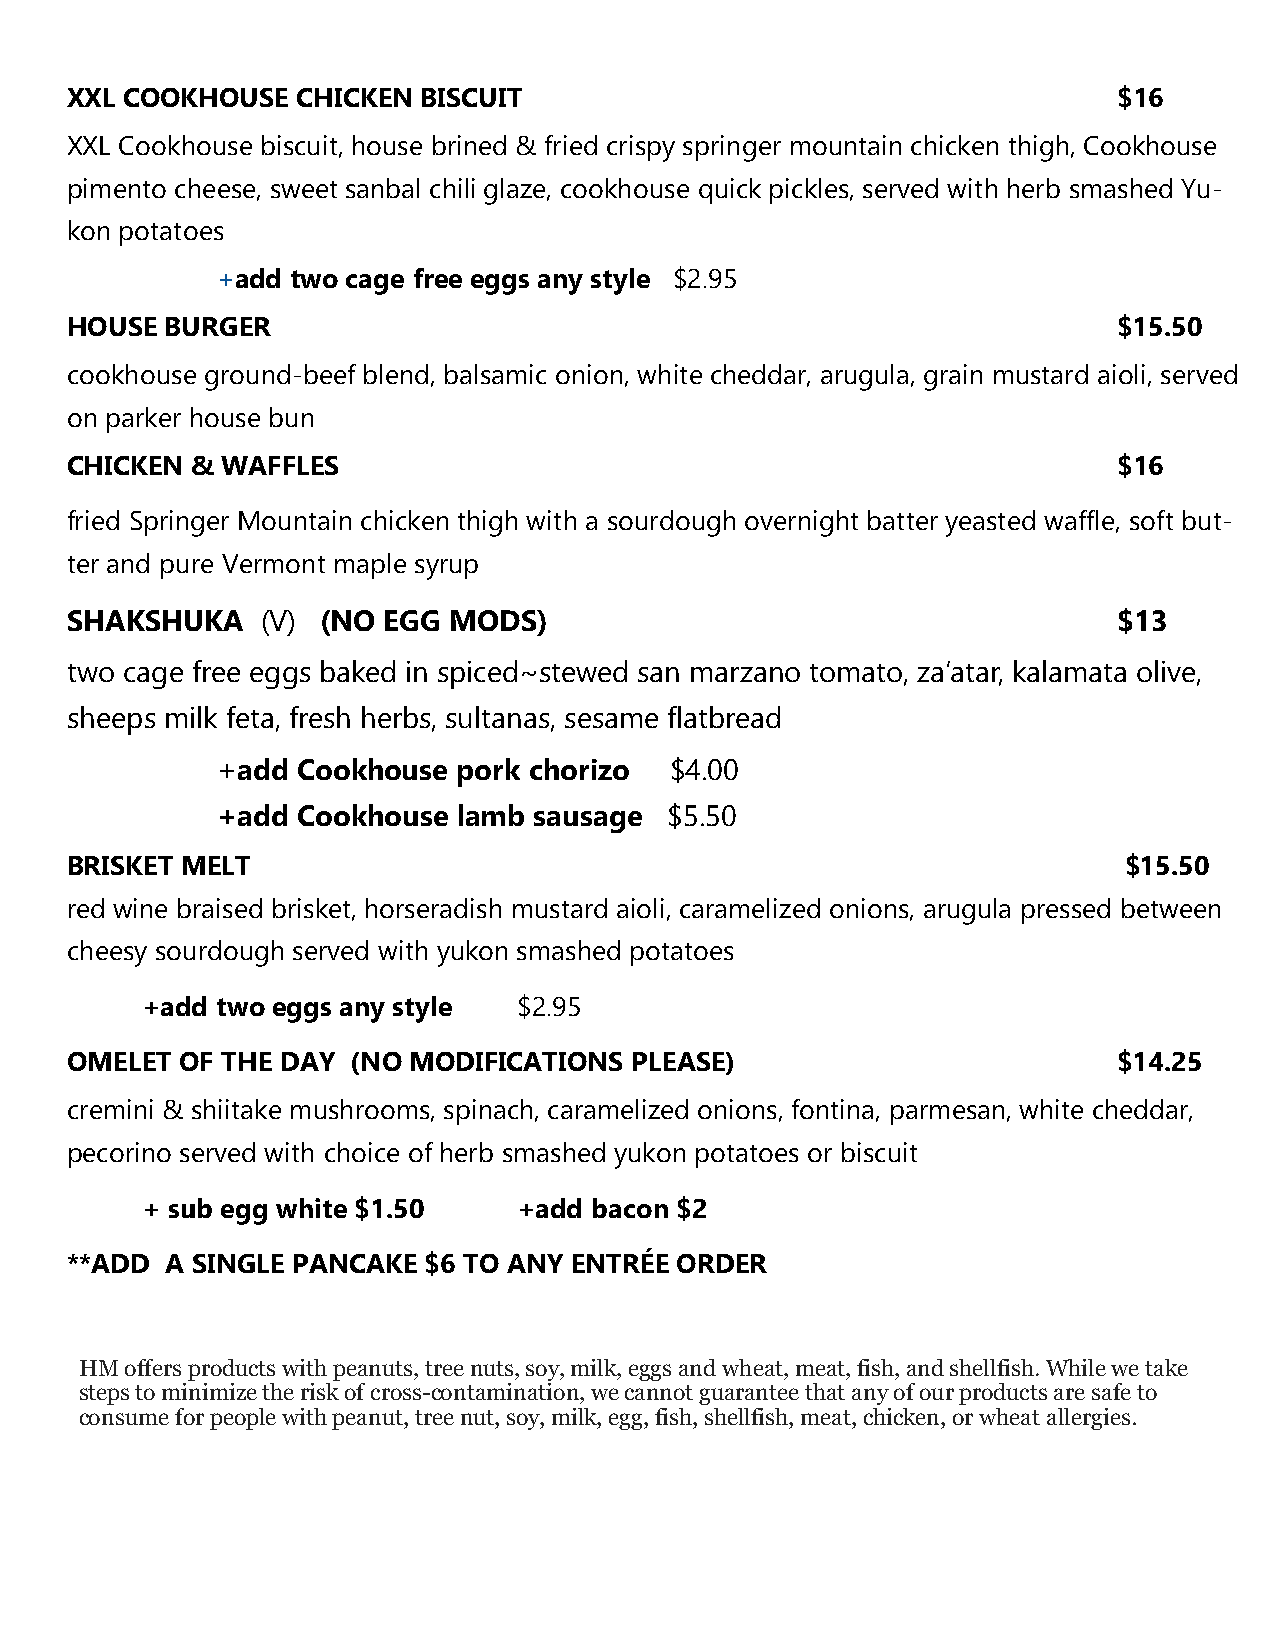
XXL COOKHOUSE   CHICKEN BISCUIT                                       $16
 XXL Cookhouse biscuit, house brined & fried crispy springer mountain chicken thigh, Cookhouse
 pimento cheese, sweet sanbal chili glaze, cookhouse quick pickles, served with herb smashed Yu-
 kon potatoes
 +add two cage free eggs any style $2.95
 HOUSE  BURGER                                                         $15.50
 cookhouse ground-beef blend, balsamic onion, white cheddar, arugula, grain mustard aioli, served
 on parker house bun
 CHICKEN  & WAFFLES                                                    $16
 fried Springer Mountain chicken thigh with a sourdough overnight batter yeasted waffle, soft but-
 ter and pure Vermont maple syrup
 SHAKSHUKA    (V) (NO EGG  MODS)                                       $13
 two cage free eggs baked in spiced~stewed san marzano tomato, za’atar, kalamata olive,
 sheeps milk feta, fresh herbs, sultanas, sesame flatbread
 +add  Cookhouse pork chorizo  $4.00
 +add  Cookhouse lamb sausage  $5.50
 BRISKET MELT                                                          $15.50
 red wine braised brisket, horseradish mustard aioli, caramelized onions, arugula pressed between
 cheesy sourdough served with yukon smashed potatoes
 +add two eggs any style  $2.95
 OMELET  OF THE DAY (NO MODIFICATIONS  PLEASE)                         $14.25
 cremini & shiitake mushrooms, spinach, caramelized onions, fontina, parmesan, white cheddar,
 pecorino served with choice of herb smashed yukon potatoes or biscuit
 + sub egg white $1.50    +add bacon $2
 **ADD  A SINGLE PANCAKE $6 TO ANY ENTRÉE ORDER
 HM offers products with peanuts, tree nuts, soy, milk, eggs and wheat, meat, fish, and shellfish. While we take
 steps to minimize the risk of cross-contamination, we cannot guarantee that any of our products are safe to
 consume for people with peanut, tree nut, soy, milk, egg, fish, shellfish, meat, chicken, or wheat allergies.